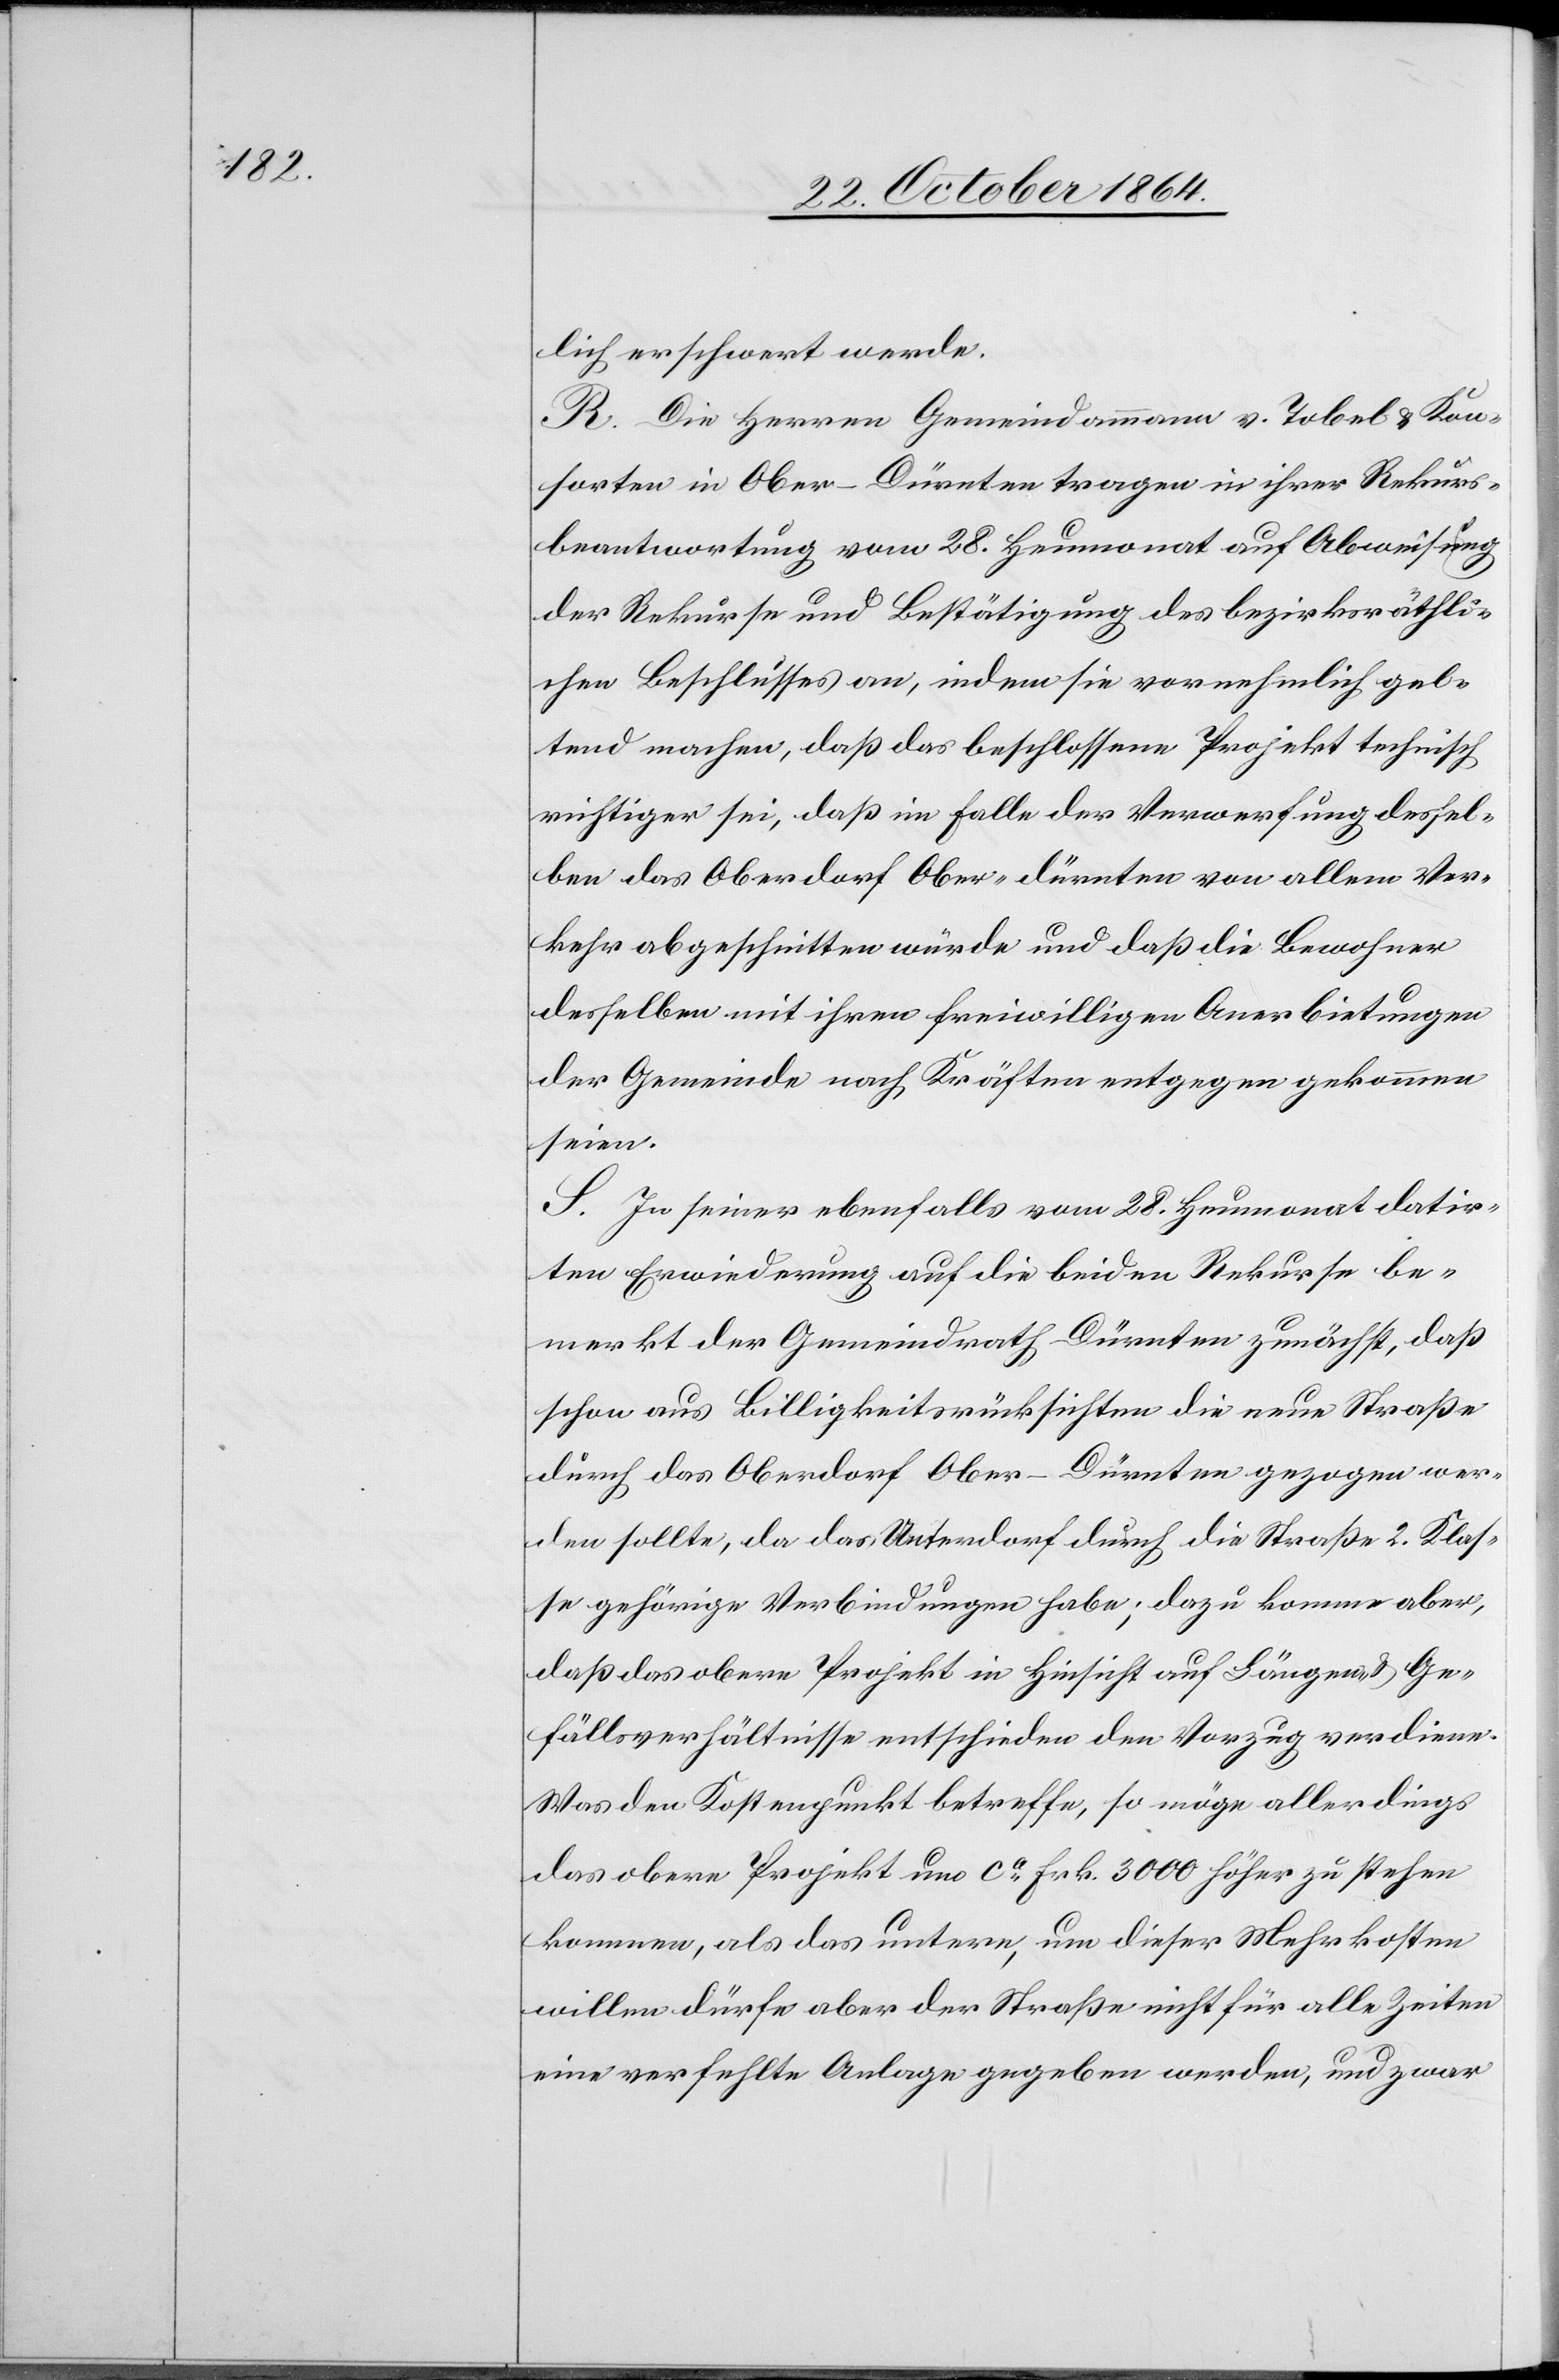
lich erschwert werde.
R. Die Herren Gemeindammann v. Tobel & Kon¬
sorten in Ober-Dürnten tragen in ihrer Rekurs¬
beantwortung vom 28. Heumonat auf Abweisung
der Rekurse und Bestätigung des bezirksräthli¬
chen Beschlusses an, indem sie vornehmlich gel¬
tend machen, daß das beschlossene Projekt technisch
richtiger sei, daß im Falle der Verwerfung dessel¬
ben das Oberdorf Ober-Dürnten von allem Ver¬
kehr abgeschnitten würde und daß die Bewohner
desselben mit ihren freiwilligen Anerbietungen
der Gemeinde nach Kräften entgegen gekommen
seien.
S. In seiner ebenfalls vom 28. Heumonat datir¬
ten Erwiederung auf die beiden Rekurse be¬
merkt der Gemeindrath Dürnten zunächst, daß
schon aus Billigkeitsrücksichten die neue Straße
durch das Oberdorf Ober-Dürnten gezogen wer¬
den sollte, da das Unterdorf durch die Straße 2. Klas¬
se gehörige Verbindungen habe; dazu komme aber,
daß das obere Projekt in Hinsicht auf Längen- & Ge¬
fällsverhältnisse entschieden den Vorzug verdiene.
Was den Kostenpunkt betreffe, so möge allerdings
das obere Projekt um ca Frk. 3000 höher zu stehen
kommen, als das untere, um dieser Mehrkosten
willen dürfe aber der Straße nicht für alle Zeiten
eine verfehlte Anlage gegeben werden, und zwar